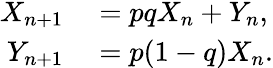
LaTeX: \begin{array}{rl}{X_{n+1}}&{{}=pqX_{n}+Y_{n},}\\ {Y_{n+1}}&{{}=p(1-q)X_{n}.}\end{array}